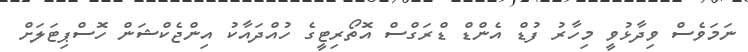
ނަމަވެސް ވިދާޅުވީ މިހާރު ފުޑް އެންޑް ޑްރަގްސް އޮތޯރިޓީގެ ހުއްދައާކު އިންޖެކްޝަން ހޮސްޕިޓަލަށް